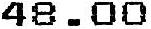
48.00